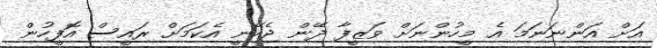
އަށް އަންނަނަމަ އެ މީހުންނަށް ވަޒީފާ ދޭން ޖެހޭނީ އެކަމަށް ރައީސް އޮފީހުން